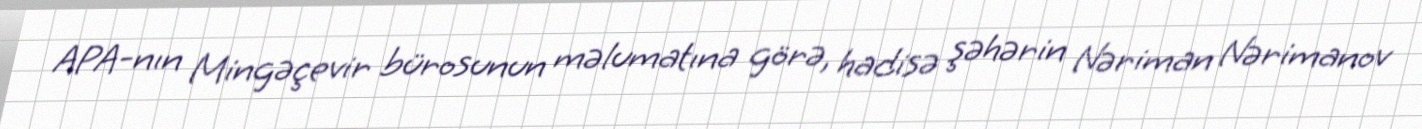
APA-nın Mingəçevir bürosunun məlumatına görə, hadisə şəhərin Nəriman Nərimanov